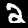
Digit: 2